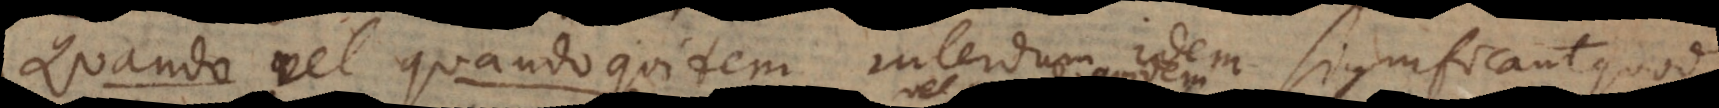
Quando vel quandoquidem interdum idem significant quod